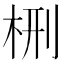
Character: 㭢